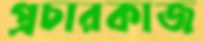
প্রচারকাজ